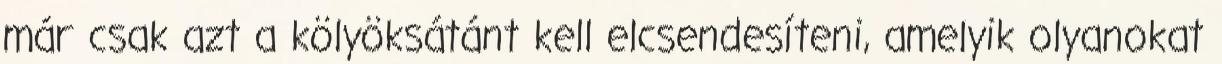
már csak azt a kölyöksátánt kell elcsendesíteni, amelyik olyanokat